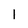
Character: 1